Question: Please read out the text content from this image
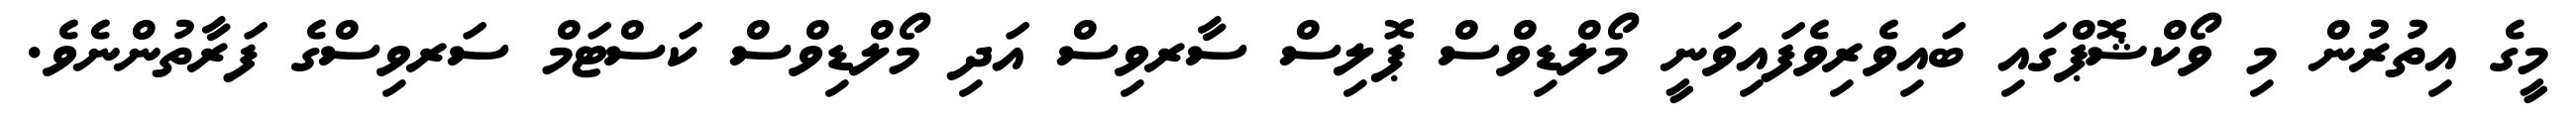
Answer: މީގެ އިތުރުން މި ވޯކްޝޮޕްގައި ބައިވެރިވެފައިވަނީ މޯލްޑިވްސް ޕޮލިސް ސާރވިސް އަދި މޯލްޑިވްސް ކަސްޓަމް ސަރވިސްގެ ފަރާތުންނެވެ.